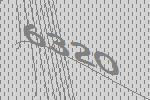
6320